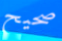
صحيح